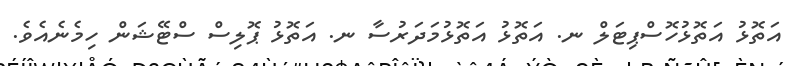
އަތޮޅު އަތޮޅުހޮސްޕިޓަލް ނ. އަތޮޅު އަތޮޅުމަދަރުސާ ނ. އަތޮޅު ޕޮލިސް ސްޓޭޝަން ހިމެނެއެވެ.